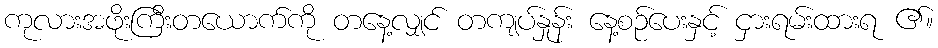
ကုလားအဖိုးကြီးတယောက်ကို တနေ့လျှင် တကျပ်နှုန်း နေ့စဉ်ပေးနှင့် ငှားရမ်းထားရ ၏။